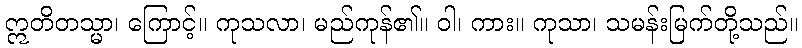
ဣတိတသ္မာ၊ ကြောင့်။ ကုသလာ၊ မည်ကုန်၏။ ဝါ၊ ကား။ ကုသာ၊ သမန်းမြက်တို့သည်။